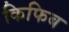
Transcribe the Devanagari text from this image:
किफिब